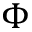
\Phi